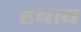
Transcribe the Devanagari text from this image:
हबाब